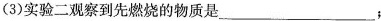
(3)实验二观察到先燃烧的物质是___；